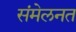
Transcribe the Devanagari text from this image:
संमेलनत